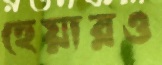
হেয়ারও